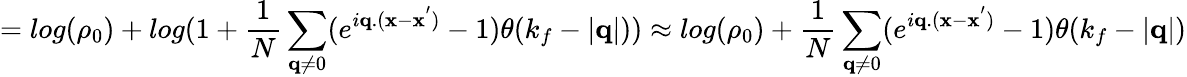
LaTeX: =log(\rho_{0})+log(1+\frac{1}{N}\sum_{{\mathbf{q}}\neq 0}(e^{i{\mathbf{q}}.({\mathbf{x}}-{\mathbf{x}}^{'})}-1)\theta(k_{f}-|{\mathbf{q}}|))\approx log(\rho_{0})+\frac{1}{N}\sum_{{\mathbf{q}}\neq 0}(e^{i{\mathbf{q}}.({\mathbf{x}}-{\mathbf{x}}^{'})}-1)\theta(k_{f}-|{\mathbf{q}}|)